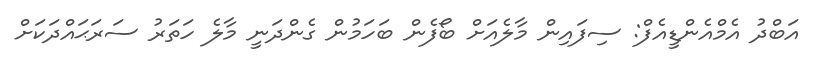
އަބްދު އެމްއެންޑީއެފް: ސިފައިން މާލެއަށް ބޯފެން ބަހަމުން ގެންދަނީ މާލެ ހަތަރު ސަރަޙައްދަކަށް